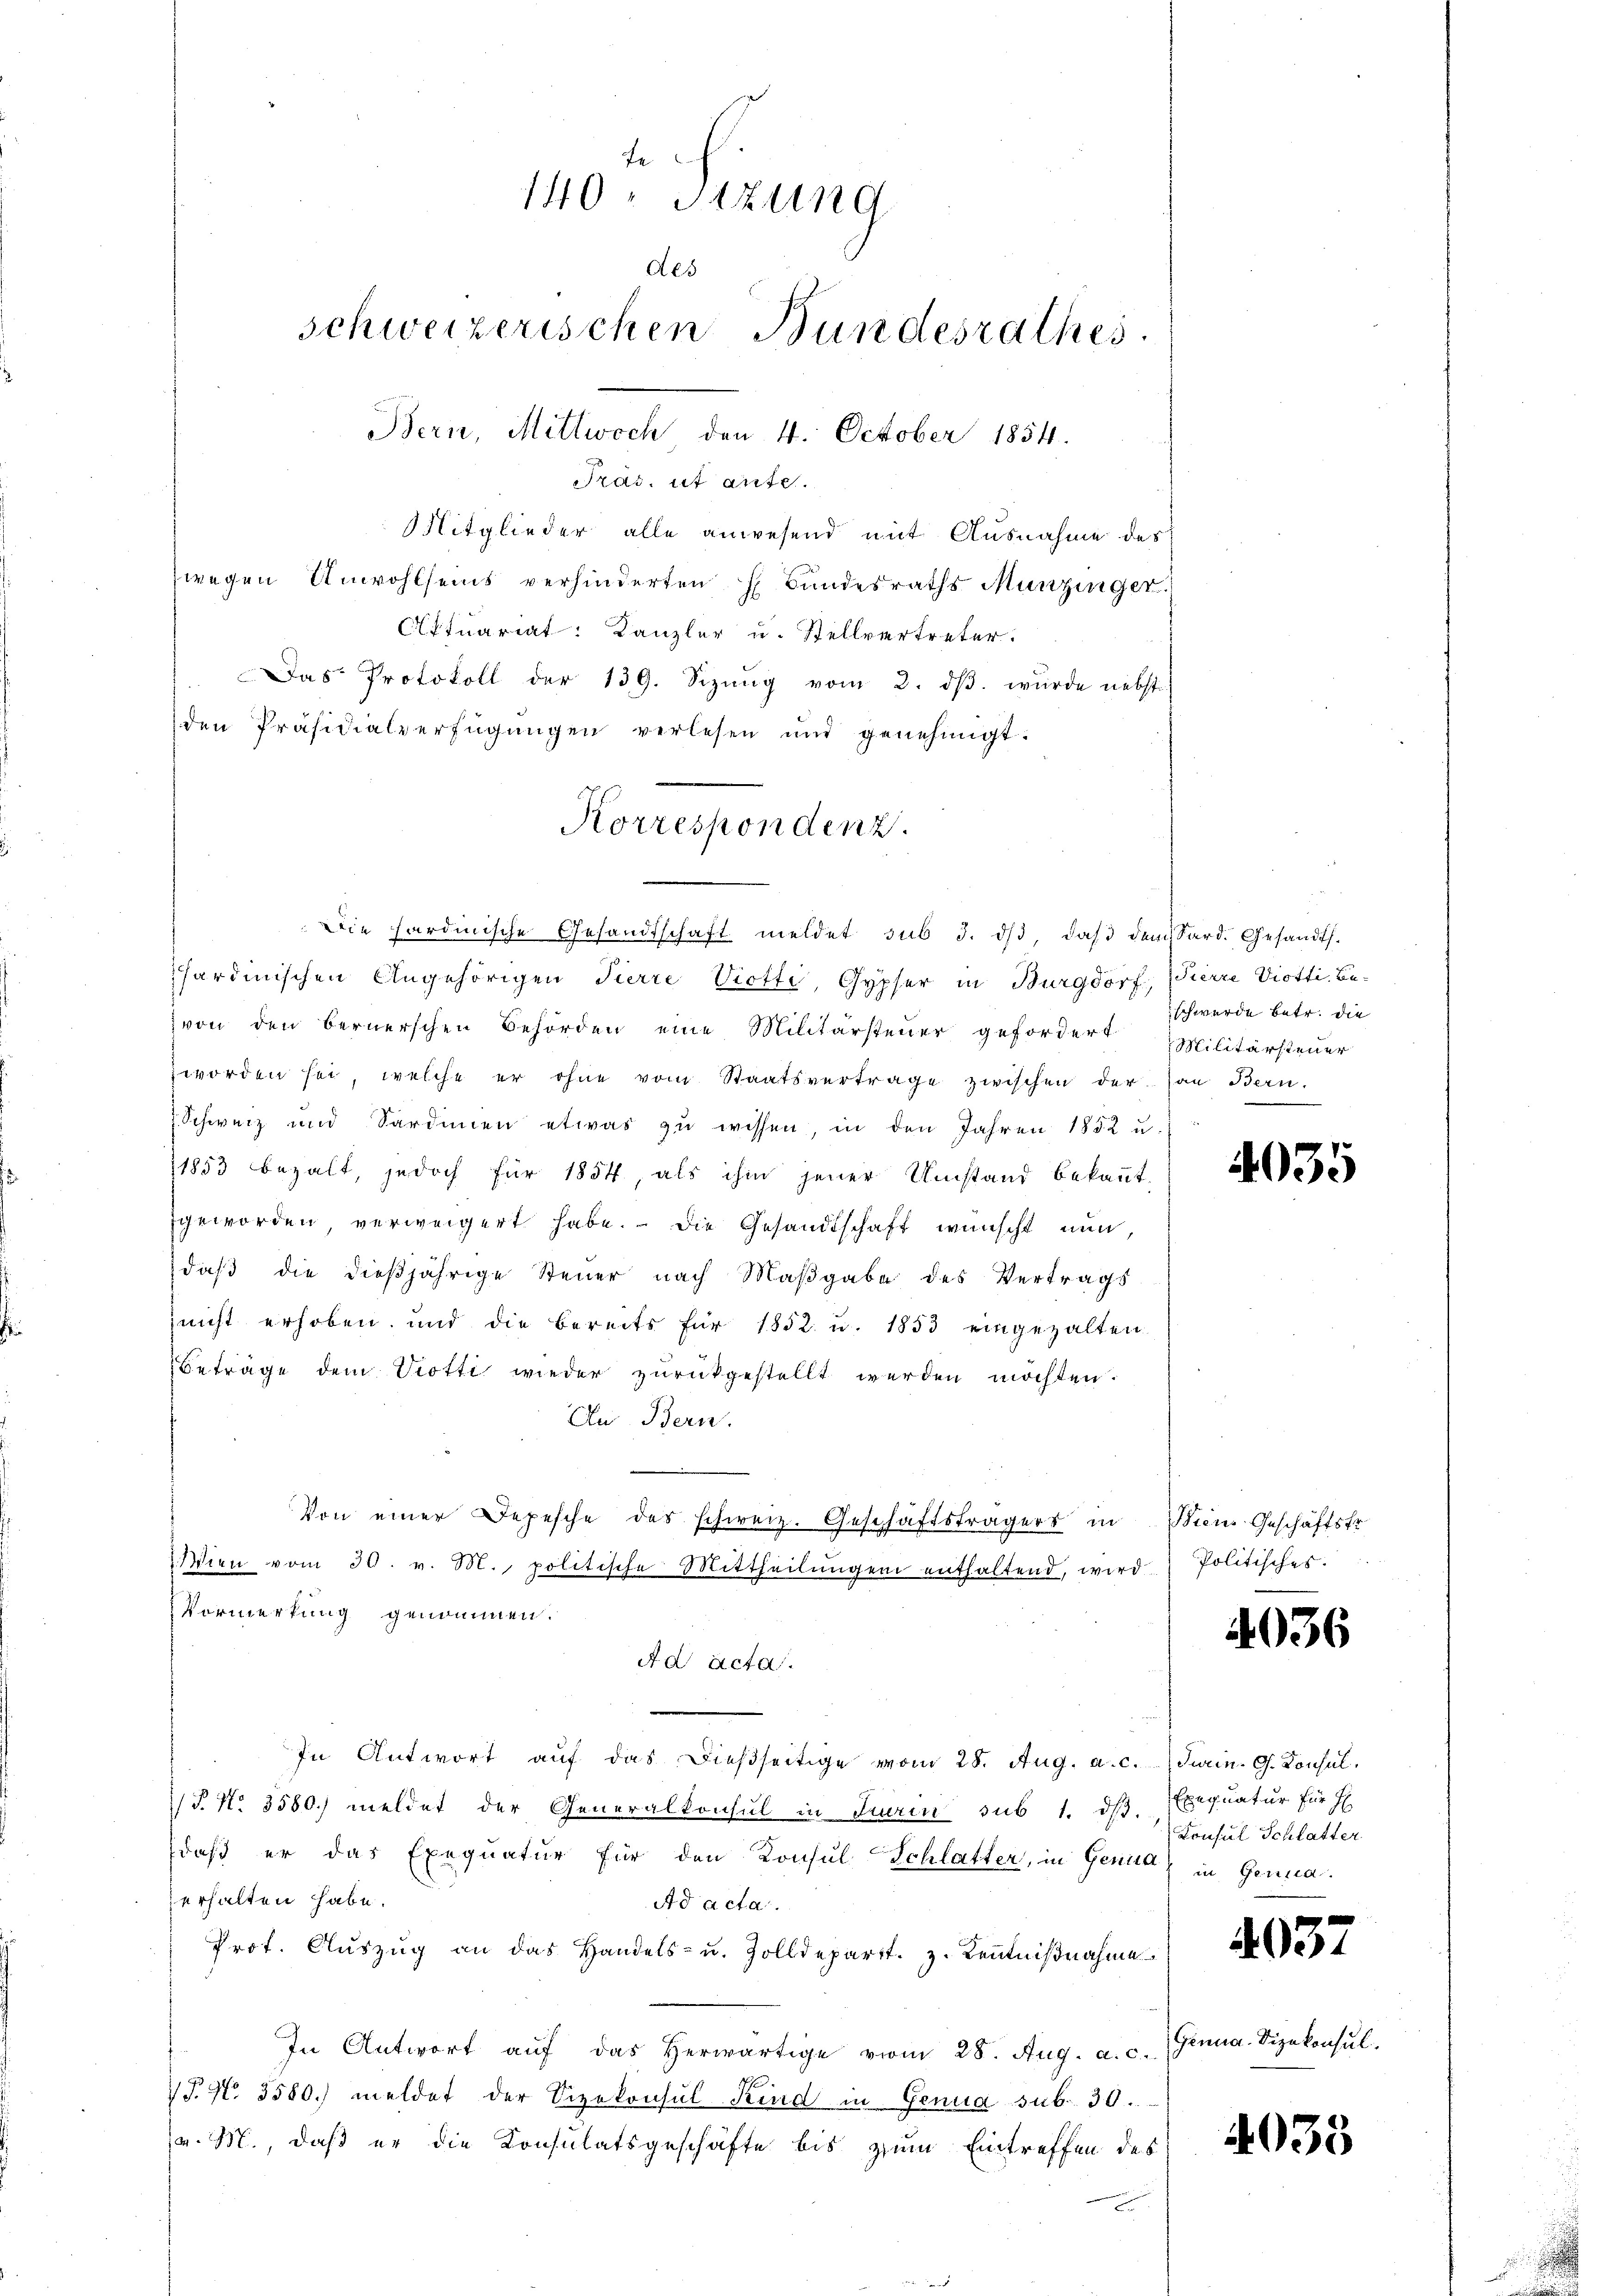
140. Sitzung
des
schweizerischen Bundesrathes.
Bern, Mittwoch den 4. October 1854.

Tras, ut ante.
Mitglieder alle anwesend mit Ausnahme des
wegen Unwohlseins verhinderten H. Bundesraths Munzinger.)
Attuariat: Kanzler u. Stellvertreter.
 Das Protokoll der 139. Sizŭng vom 2. dβ. wurde nebst
den Präsidialverfügŭngen verlesen und genehmigt.
Korrespondenz.

Die hardinische Gesandtschaft meldet sub 3. dβ, daβ dem Sard. Gesandt.

sardinischen Angehörigen Tierre Viotti, Gypfer in Burgdorf, Pierre Viotti, Bevon den bernerschen Behörden eine Militärsteŭer gefordert Militärsteuer
worden sei, welche er ohne vom Staatsvertrage zwischen der (an Bern,
 Schweiz und Sardinen etwas zŭ wissen, in den Jahren 1852 u.
1853 bezalt, jedoch für 1854, als ihm jener Umstand bekannt,
geworden, verweigert habe. Die Gesandtschaft wünscht nun,
daß die dießjährige Steuer nach Maßgabe des Vertrags
nicht erhoben, und die bereits für 1852 u. 1853 eingezalten
Beträge dem Viotti wieder zurückgestellt werden möchten.
An Bern.
Von einer Depesche des schweiz. Geschäftsträgers in Mein Geschäftsfr.
2 Wien vom 30. v. M. politische Mittheilŭngen enthaltend, wird Politisches.
Vormerkung genommen.
Ad acta.
In Antwort auf das dießseitige vom 28. Aug. a. c. (Turin. G. Konsul
T. No 3580.) meldet der Generalkonsul in Turin sub 1. dß. Exequatur für H
daß er das Exequatur für den Konsul Schlatter, in Genua in Gerna
erhalten habe.
Ad acta.
Prof. Aŭszŭg an das Handels- u. Zolldepartt. z. Kenntniβnahme
In Antwort auf das herwärtige vom 28. Aug. a. c.
T. N. 3580. meldet der Vizekonsul Kind in Genua sub 30.
v. M., daß er die Konsulatsgeschäfte bis zum Eintreffen des

schwerde betr. die

4035

4036

Consul Schlatter

4037

Ginna. Vizekonsul

4035